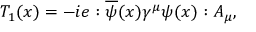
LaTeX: T _ { 1 } ( x ) = - i e : \overline { { { \psi } } } ( x ) \gamma ^ { \mu } \psi ( x ) : A _ { \mu } ,